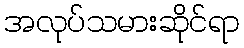
အလုပ်သမားဆိုင်ရာ